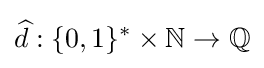
{\widehat {d}}:\{0,1\}^{*}\times \mathbb {N} \to {\mathbb {Q} }